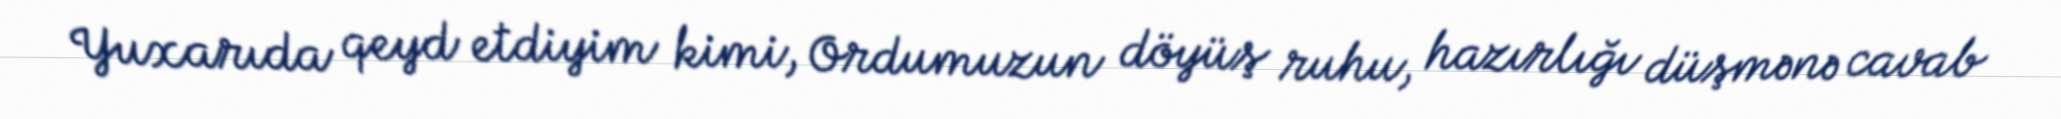
Yuxarıda qeyd etdiyim kimi, Ordumuzun döyüş ruhu, hazırlığı düşmənə cavab